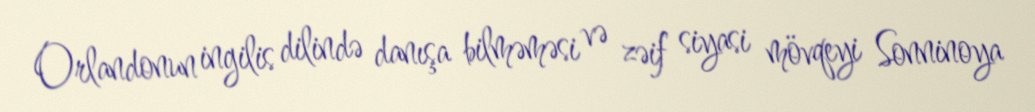
Orlandonun ingilis dilində danışa bilməməsi və zəif siyasi mövqeyi Sonninoya